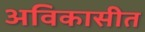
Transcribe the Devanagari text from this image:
अविकासीत